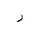
Letter: _ra